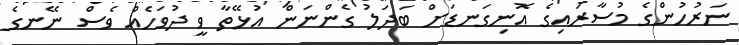
ނަރުހުންގެ މުސާރައިގެ އޮނިގަނޑަށް ބަދަލު ގެންނަން އުޅޭތާ ވީ ދުވަހެއް ވެސް ނޭނގެ